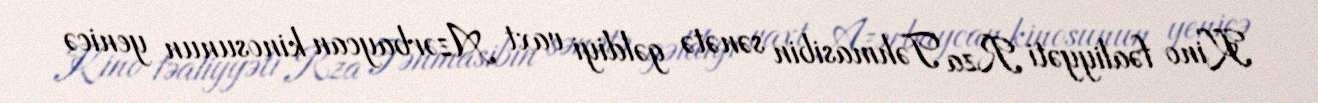
Kino fəaliyyəti Rza Təhmasibin sənətə gəldiyi vaxt Azərbaycan kinosunun yenicə